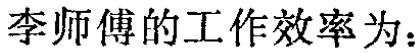
李师傅的工作效率为：